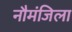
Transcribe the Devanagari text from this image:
नौमंजिला